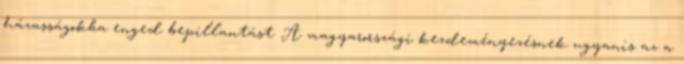
házasságokba enged bepillantást. A magyarországi kezdeményezésnek ugyanis az a